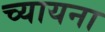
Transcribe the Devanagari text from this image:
च्यायना